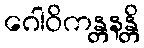
ဂေါဝိကန္တနန္တိ